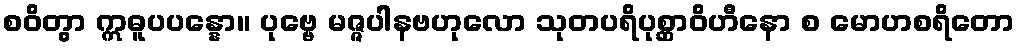
စဝိတွာ ဣဓူပပန္နော။ ပုဗ္ဗေ မဇ္ဇပါနဗဟုလော သုတပရိပုစ္ဆာဝိဟီနော စ မောဟစရိတော